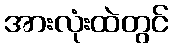
အားလုံးထဲတွင်